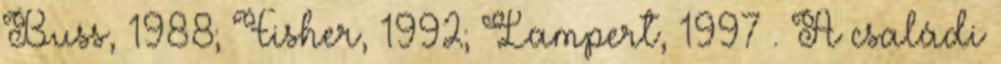
Buss, 1988; Fisher, 1992; Lampert, 1997 . A családi